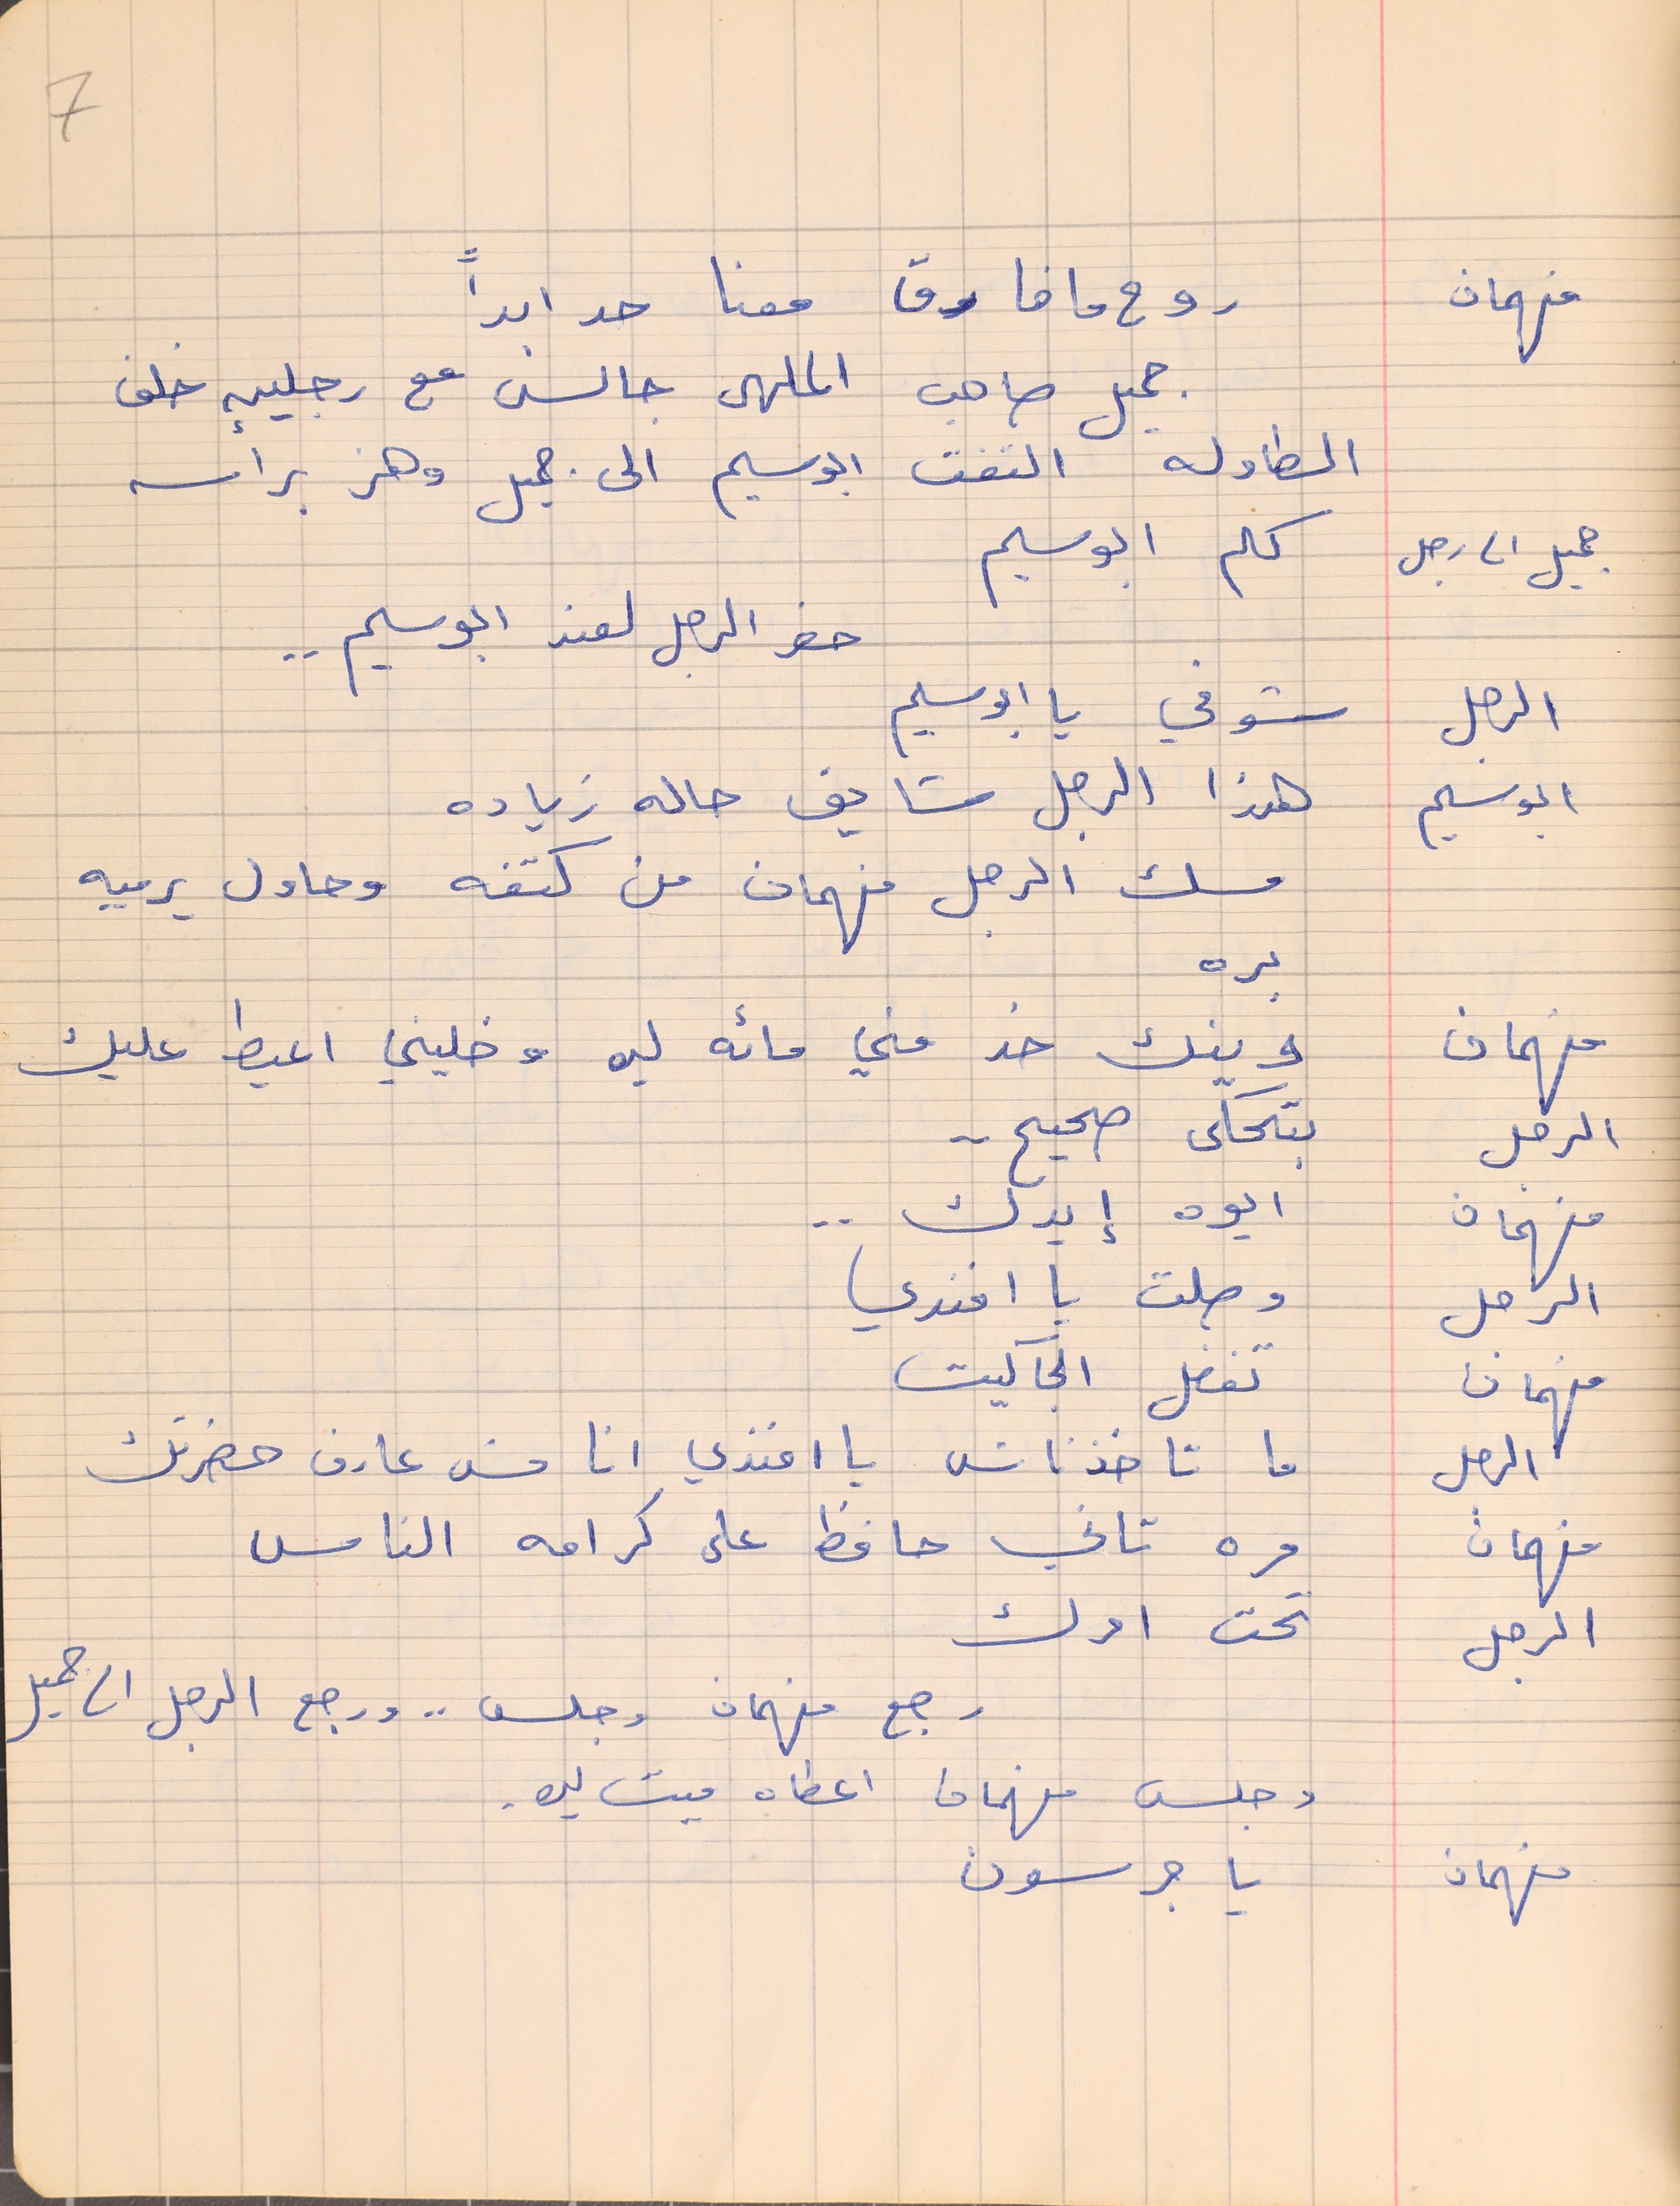
جميل صاحب الملهى جالس مع رجلين خلف
الطاولة التفت ابو سليم الى جميل وهز براسه
جميل     الى رجل   كلم ابو سليم
حضر الرجل لعند ابو سليم . .
الرجل       شو في يا ابو سليم
ابوسليم       هذا الرجل شايف حاله زياده
مسك الرحل فهمان من كتفه وحاول يرميه
بره
فهمان     وينك خد مني مائه ليره وخليني اعيط عليك
الرجل     بتحكى صحيح . .
فهمان     ايوه إيدك . .
الرجل    وصلت يا افندي
فهمان      تفضل الجاكيت
الرجل    ما تاخذناش يا افنذي انا مش عارف حضرتك
فهمان    مره تاني حافظ على كرامه الناس
الرجل     تحت امرك
وجلس فهمان اعطاه ميت ليره .
فهمان     يا جرسون
7
فهمان   روح ما فارق معنا حد ابداً
رجع فهمان وجلس . . ورجع الرجل الى جميل